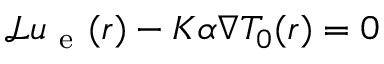
\mathcal { L } \boldsymbol { u } _ { \mathrm { ~ e ~ } } ( \boldsymbol { r } ) - K \alpha \nabla T _ { 0 } ( \boldsymbol { r } ) = 0